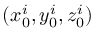
( x _ { 0 } ^ { i } , y _ { 0 } ^ { i } , z _ { 0 } ^ { i } )